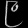
Digit: ၉